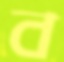
ব